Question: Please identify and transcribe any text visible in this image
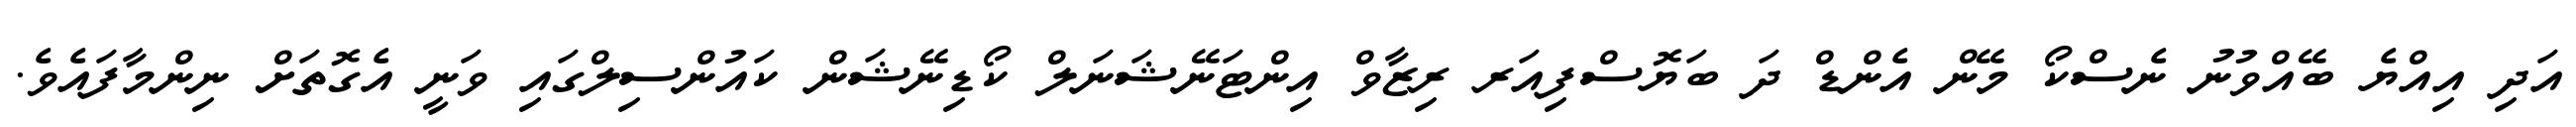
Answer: އަދި އިއްޔެ ބޭއްވުނު ނެސްކޯ މޭން އެންޑް ދަ ބަޔޮސްފިއަރ ރިޒާވް އިންޓަނޭޝަނަލް ކޯޑިނޭޝަން ކައުންސިލްގައި ވަނީ އެގޮތަށް ނިންމާފައެވެ.